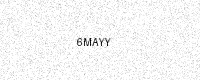
Text: 6MAYY